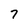
Character: 7